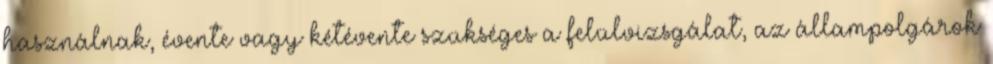
használnak, évente vagy kétévente szükséges a felülvizsgálat, az állampolgárok